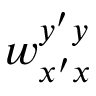
w _ { x ^ { \prime } x } ^ { y ^ { \prime } y }